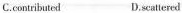
C.contributed D.scattered